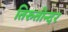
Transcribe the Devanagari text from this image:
तिरुतोन्दर